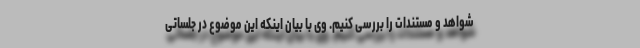
شواهد و مستندات را بررسی کنیم. وی با بیان اینکه این موضوع در جلساتی